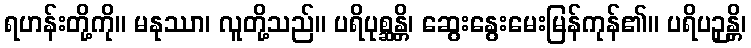
ရဟန်းတို့ကို။ မနုဿာ၊ လူတို့သည်။ ပရိပုစ္ဆန္တိ၊ ဆွေးနွေးမေးမြန်ကုန်၏။ ပရိပဉှန္တိ၊